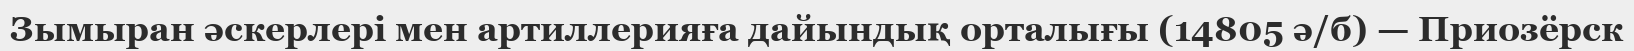
Зымыран әскерлері мен артиллерияға дайындық орталығы (14805 ә/б) — Приозёрск